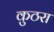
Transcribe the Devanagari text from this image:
कुठरा